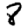
Digit: 8